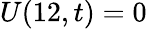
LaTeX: U(12,t)=0